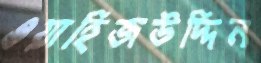
ওয়াহিজউদ্দিন